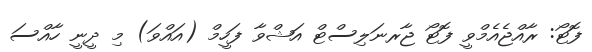
ފޮޓޯ: ރާއްޖެއެމްވީ ފޮޓޯ ޖާރނަލިސްޓް އަޝްވާ ފަހީމް (އައްވަ) މި ދީނީ ހާއްސަ